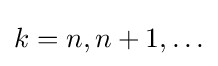
k=n,n+1,\ldots